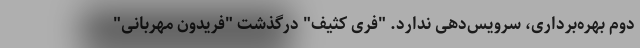
دوم بهره‌برداری، سرویس‌دهی ندارد. "فری کثیف" درگذشت "فریدون مهربانی"